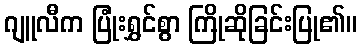
ဂျူလီက ပြုံးရွှင်စွာ ကြိုဆိုခြင်းပြု၏။